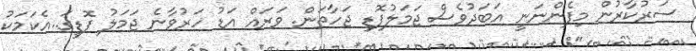
ސަރުކާރުން މިފެންނަނީ އަބަދުވެސް ޖަމަލުފޮޑި ޖަހާތަން. ވަރައް އަޑު ހަރުވާނެ ޖަމަލު ފޮޑީގަ..އެކަމަކު